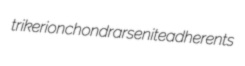
trikerion chondrarsenite adherents